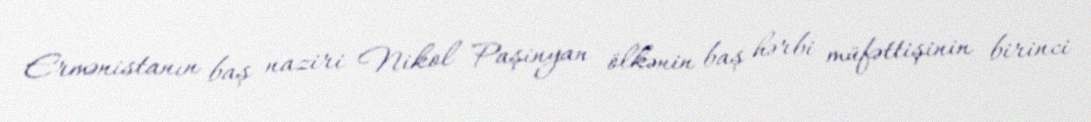
Ermənistanın baş naziri Nikol Paşinyan ölkənin baş hərbi müfəttişinin birinci